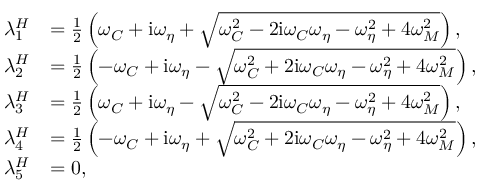
\begin{array} { r l } { \lambda _ { 1 } ^ { H } } & { = \frac { 1 } { 2 } \left( \omega _ { C } + \mathrm { i } \omega _ { \eta } + \sqrt { \omega _ { C } ^ { 2 } - 2 \mathrm { i } \omega _ { C } \omega _ { \eta } - \omega _ { \eta } ^ { 2 } + 4 \omega _ { M } ^ { 2 } } \right) , } \\ { \lambda _ { 2 } ^ { H } } & { = \frac { 1 } { 2 } \left( - \omega _ { C } + \mathrm { i } \omega _ { \eta } - \sqrt { \omega _ { C } ^ { 2 } + 2 \mathrm { i } \omega _ { C } \omega _ { \eta } - \omega _ { \eta } ^ { 2 } + 4 \omega _ { M } ^ { 2 } } \right) , } \\ { \lambda _ { 3 } ^ { H } } & { = \frac { 1 } { 2 } \left( \omega _ { C } + \mathrm { i } \omega _ { \eta } - \sqrt { \omega _ { C } ^ { 2 } - 2 \mathrm { i } \omega _ { C } \omega _ { \eta } - \omega _ { \eta } ^ { 2 } + 4 \omega _ { M } ^ { 2 } } \right) , } \\ { \lambda _ { 4 } ^ { H } } & { = \frac { 1 } { 2 } \left( - \omega _ { C } + \mathrm { i } \omega _ { \eta } + \sqrt { \omega _ { C } ^ { 2 } + 2 \mathrm { i } \omega _ { C } \omega _ { \eta } - \omega _ { \eta } ^ { 2 } + 4 \omega _ { M } ^ { 2 } } \right) , } \\ { \lambda _ { 5 } ^ { H } } & { = 0 , } \end{array}